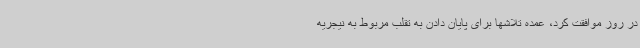
در روز موافقت کرد، عمده تلاشها برای پایان دادن به تقلب مربوط به نیجریه